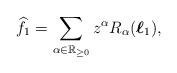
LaTeX: \begin{align*}\widehat{f}_1=\sum_{\alpha\in\mathbb{R}_{\geq0}}z^{\alpha}R_{\alpha}(\boldsymbol{\ell}_{1}),\end{align*}